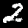
Digit: 2